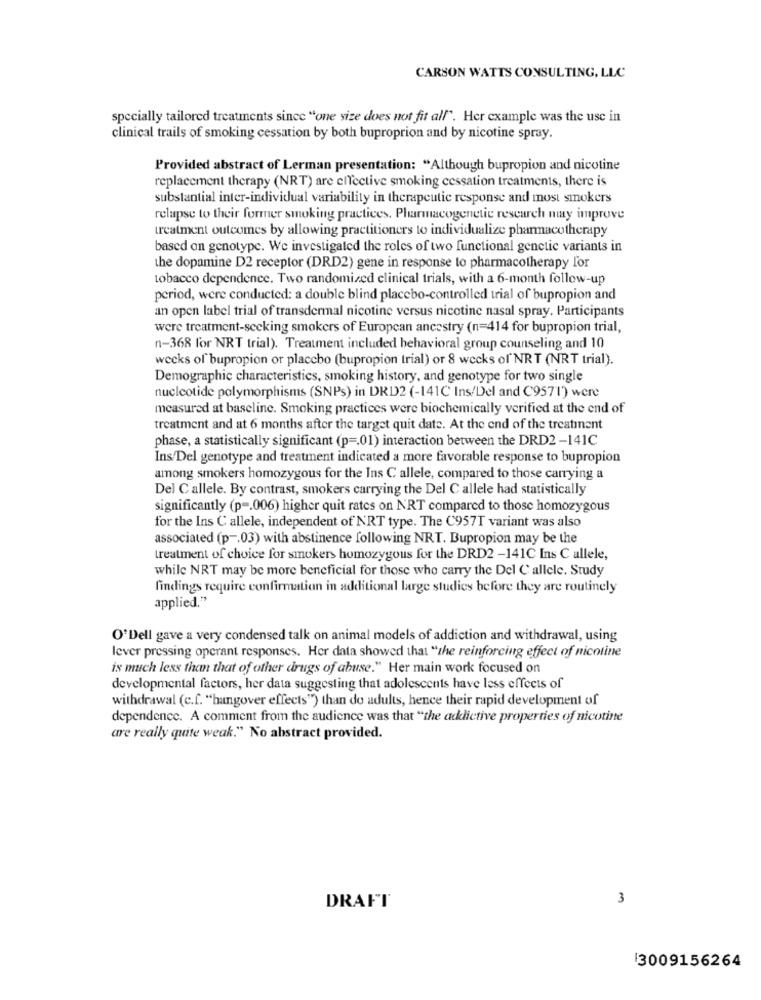
CARSON WATTS CONSULTING, LLC
specially tailored treatments since "one size does not fit all". Her example was the use in
clinical trails of smoking cessation by both buproprion and by nicotine spray.
Provided abstract of Lerman presentation: "Although bupropion and nicotine
replacement therapy (NRT) are effective smoking cessation treatments, there is
substantial inter-individual variability in therapeutic response and most smokers
relapse to their former smoking practices. Pharmacogenetic research muy improve
treatment outcomes by allowing practitioners to individualize pharmacotherapy
based on genotype. We investigated the roles of two functional genetic variants in
the dopamine D2 receptor (DRD2) gene in response to pharmacotherapy for
tobacco dependence. Two randomized clinical trials, with a 6-month follow-up
period, were conducted: a double blind placebo-controlled trial of bupropion and
an open label trial of transdermal nicotine versus nicotine nasal spray. Participants
were treatment-seeking smokers of European ancestry (n=414 for bupropion trial,
n-368 for NRT trial). Treatment included behavioral group counseling and 10
wecks of bupropion or placebo (bupropion trial) or 8 weeks of NRT (NRT trial).
Demographic characteristics, smoking history, and genotype for two single
nucleotide polymorphisms (SNPs) in DRD2 (-141C Ins/Del and C9571) were
measured at baseline. Smoking practices were biochemically verified at the end of
treatment and at 6 months after the target quit date. At the end of the treatment
phase, a statistically significant (p =. 01) interaction between the DRD2-141C
Ins/Del genotype and treatment indicated a more favorable response to bupropion
among smokers homozygous for the Ins C allele, compared to those carrying a
Del Callele. By contrast, smokers carrying the Del C allele had statistically
significantly (p =. 006) higher quit rates on NRT compared to those homozygous
for the Ins C allele, independent of NRT type. The C957T variant was also
associated (p -. 03) with abstinence following NRT. Bupropion may be the
treatment of choice for smokers homozygous for the DRD2 -141C Ins C allele,
while NRT may be more beneficial for those who carry the Del Callele. Study
findings require confirmation in additional large studies before they are routinely
applied."
O'Dell gave a very condensed talk on animal models of addiction and withdrawal, using
lever pressing operant responses. Her data showed that "the reinforcing effect of nicoline
is much less than that of other drugs of abuse." Her main work focused on
developmental factors, her data suggesting that adolescents have less effects of
withdrawal (c.f. "hangover effects") than do adults, hence their rapid development of
dependence. A comment from the audience was that "the addictive properties of nicotine
are really quite weak." No abstract provided.
3
DRAFT
3009156264